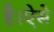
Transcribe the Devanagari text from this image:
है।ऐसे